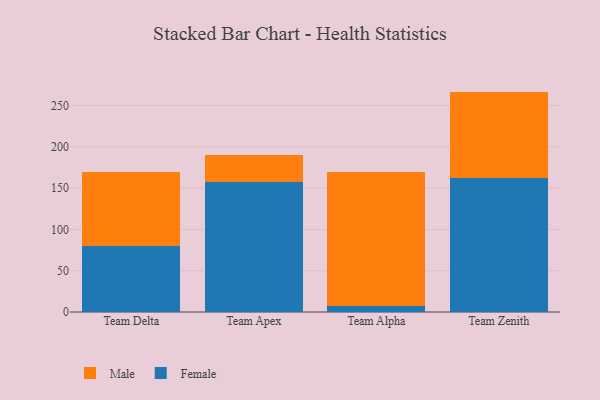
{"axis": {"x": "Team", "y": "Operating Costs (USD K)"}, "legend": ["Female", "Male"], "data": [{"x": "Team Delta", "y": 80.0, "type": "Female"}, {"x": "Team Delta", "y": 89.4, "type": "Male"}, {"x": "Team Apex", "y": 157.9, "type": "Female"}, {"x": "Team Apex", "y": 32.3, "type": "Male"}, {"x": "Team Alpha", "y": 7.4, "type": "Female"}, {"x": "Team Alpha", "y": 161.8, "type": "Male"}, {"x": "Team Zenith", "y": 162.8, "type": "Female"}, {"x": "Team Zenith", "y": 104.0, "type": "Male"}]}